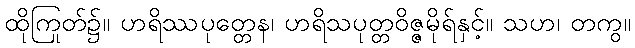
ထိုကြုတ်၌။ ဟရိဿပုတ္တေန၊ ဟရိသပုတ္တဝိဇ္ဇမိုရ်နှင့်။ သဟ၊ တကွ။